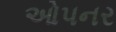
ઓપનર